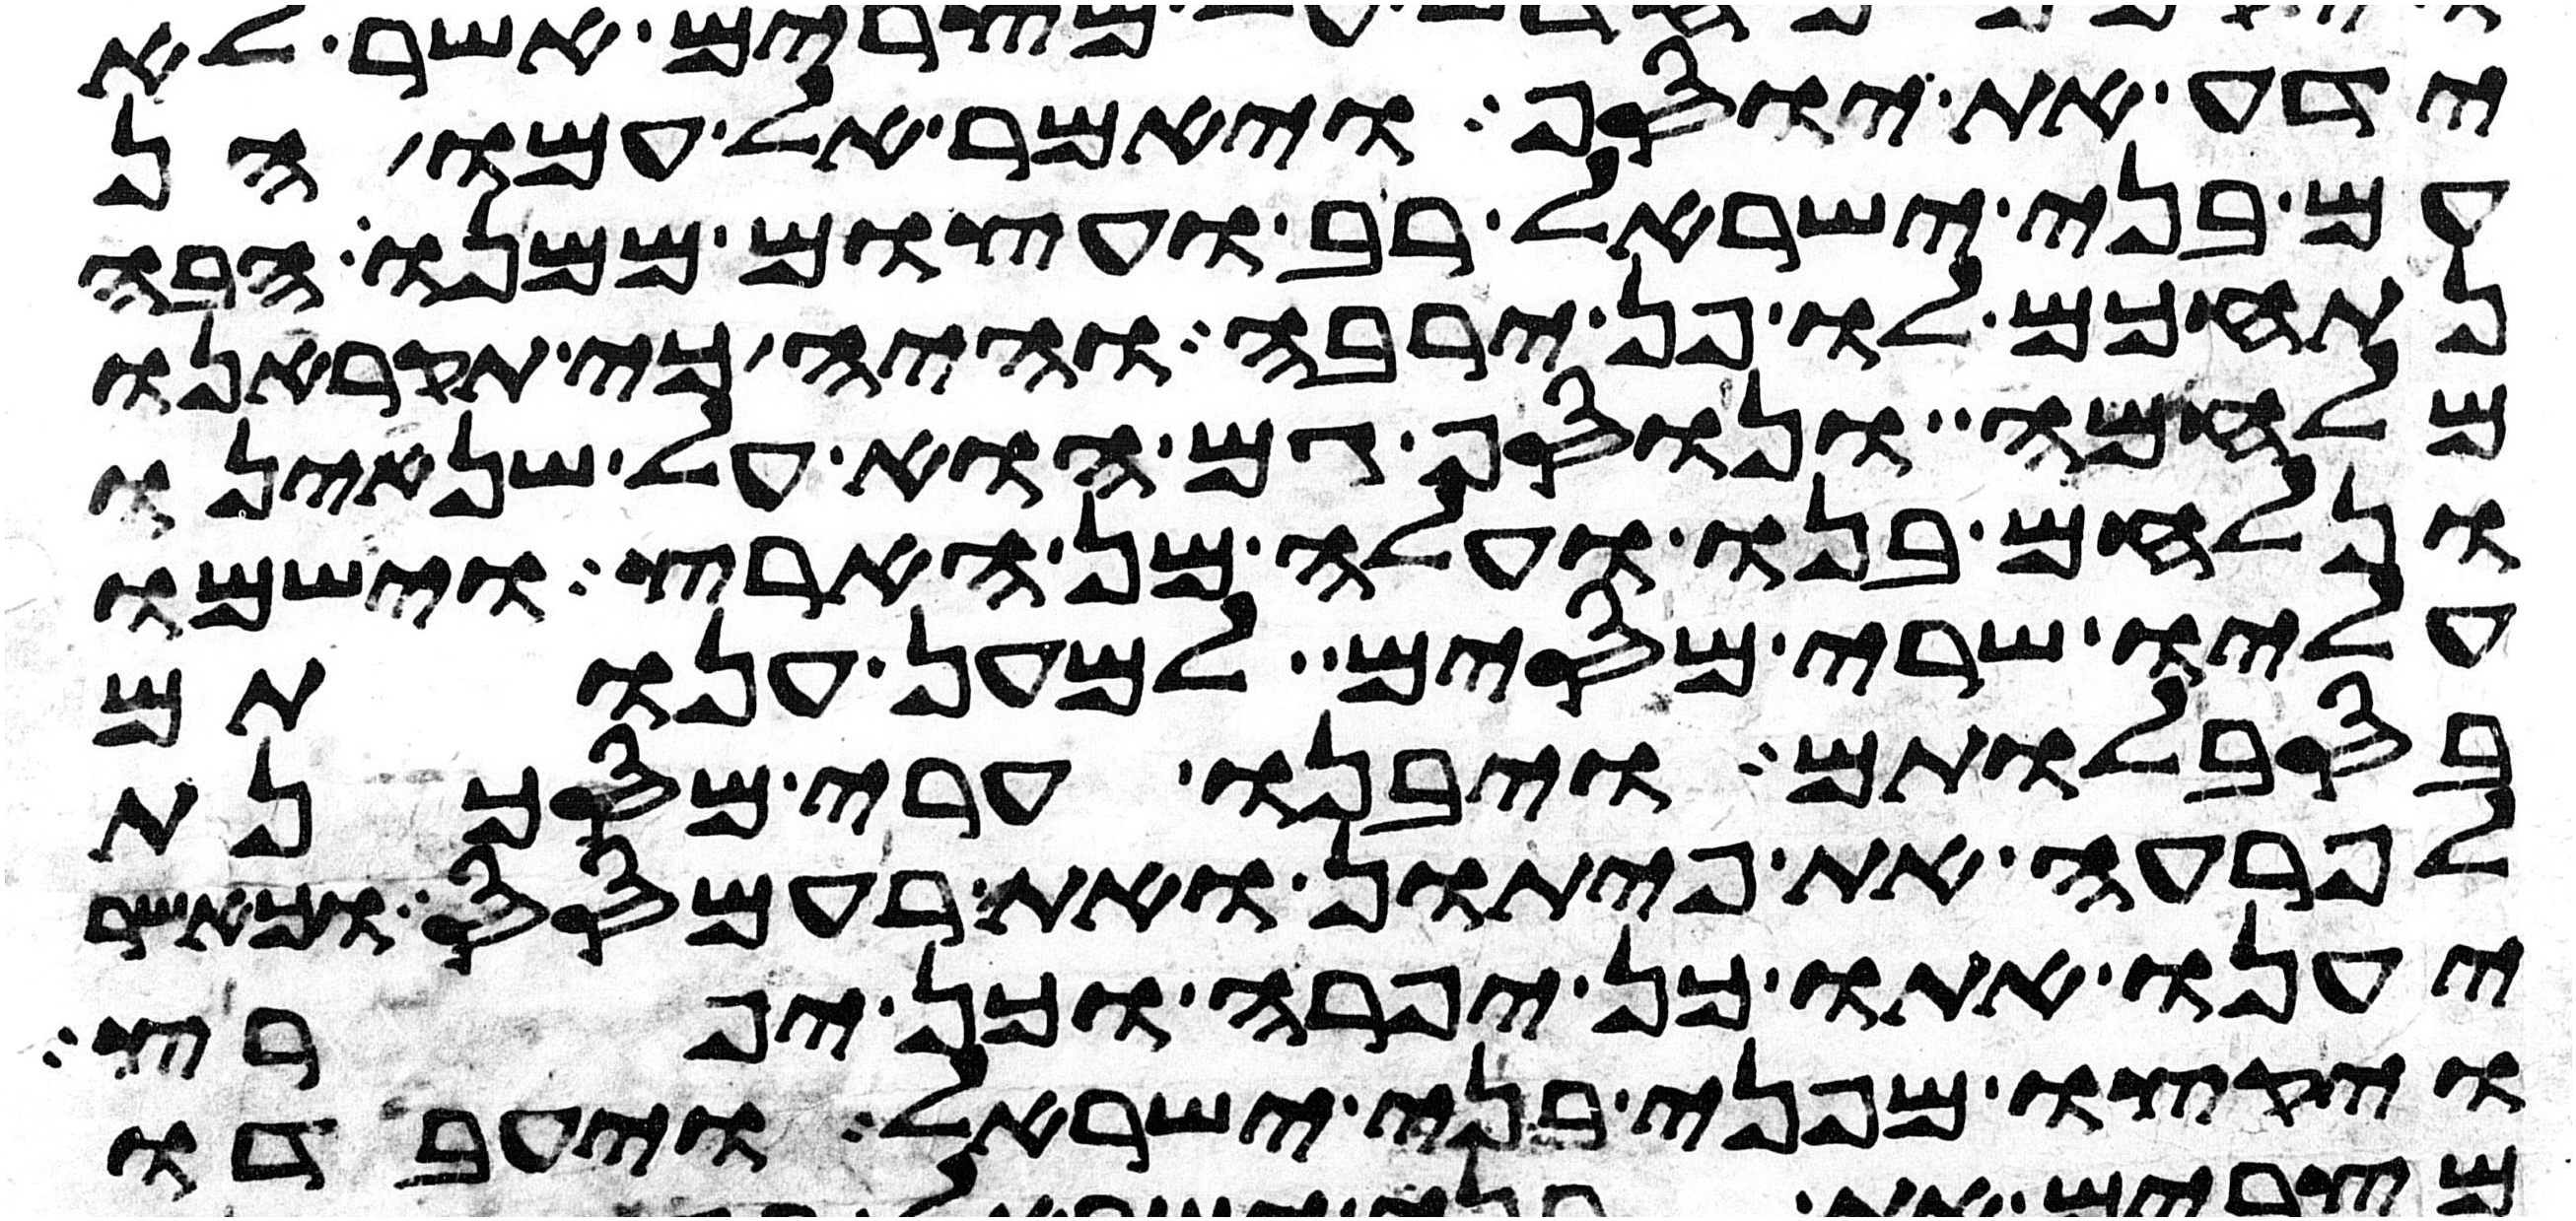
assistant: ידע את יוסף ויאמר אל עמו הן
עם בני ישראל רב ועצום ממנו הבה
נתחכם לו פן ירבה והיה כי תקראנו
מלחמה ונוסף גם הוא על שנאינו
ונלחם בנו ועלה מן הארץ וישמו
עליו שרי מסים למען ענותם
בסבלותם ויבנו ערי מסכנת
לפרעה את פיתון ואת רעמסס וכאשר
יענו אתו כן יפרה וכן יפרץ
ויקצו מפני בני ישראל ויעבדו